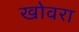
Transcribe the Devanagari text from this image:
खोवरा